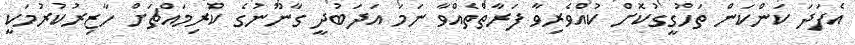
އެފަދަ ކަންކަން ތަހުގީގުކޮށް ކުއްވެރިވާ ފަރާތްތެއްވާ ނަމަ އަދަބުދީ ގާނޫނުގެ ކުރިމައްޗަށް ހާޒިރުކުރުމަކީ